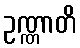
ဥဏ္ဏာတိ